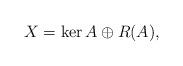
LaTeX: \begin{align*}X=\ker A\oplus R(A),\end{align*}